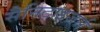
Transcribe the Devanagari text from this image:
सैनिटाइजर्स